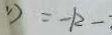
( 1 ) = - k - 1